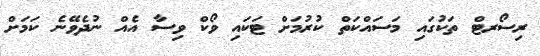
ރިސޯރޓް ތަކުގައި މަސައްކަތް ކުރުމަށް ޓަކައި ވޯކް ވިސާ އެއް ނުދެވޭނެ ކަމަށް